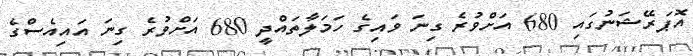
އޮޕަރޭޝަނުގައި 680 އަށްވުރެ ގިނަ ވައިގެ ހަމަލާތައްދީ 680 އަށްވުރެ ގިނަ އައިއެސްގެ